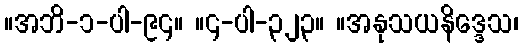
။အဘိ-၁-ပါ-၉၄။ ။၄-ပါ-၃၂၃။ ။အနုသယနိဒ္ဒေသ၊